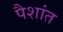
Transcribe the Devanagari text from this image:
पैशांत